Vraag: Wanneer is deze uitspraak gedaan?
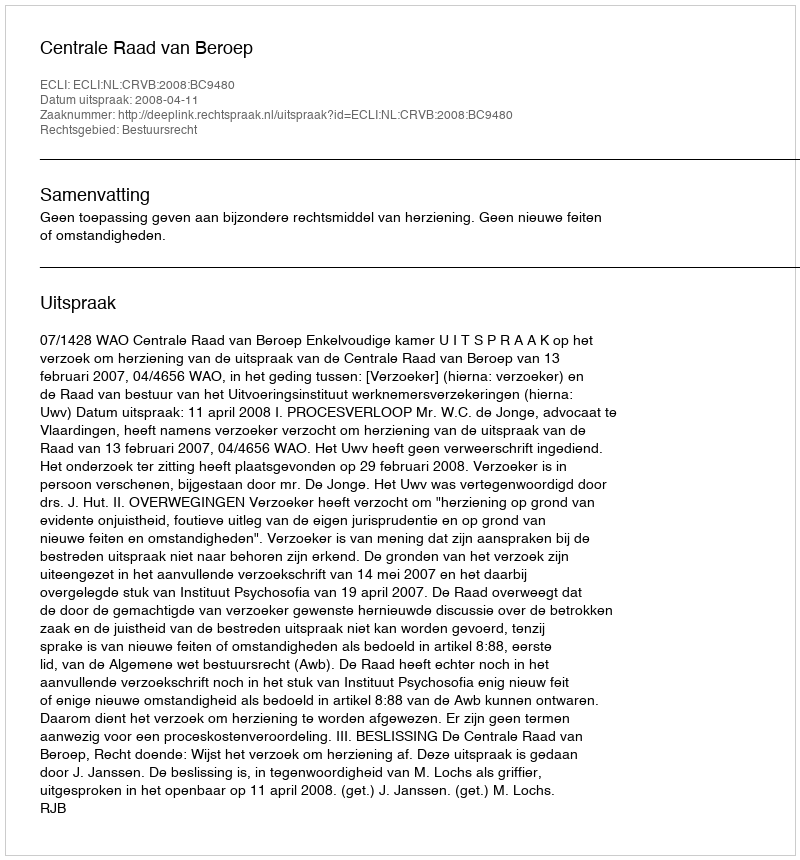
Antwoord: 2008-04-11